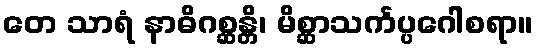
တေ သာရံ နာဓိဂစ္ဆန္တိ၊ မိစ္ဆာသင်္ကပ္ပဂေါစရာ။